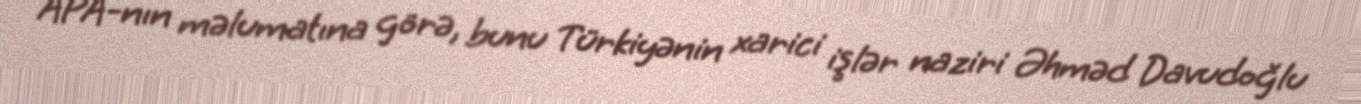
APA-nın məlumatına görə, bunu Türkiyənin xarici işlər naziri Əhməd Davudoğlu